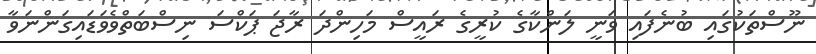
ނޫސްތަކުގައި ބުނެފައި ވަނީ ލަންކާގެ ކުރީގެ ރައީސް މަހިންދަ ރާޖަ ޕަކްސަ ނިސްބަތްވެވަޑައިގަންނަވާ